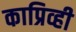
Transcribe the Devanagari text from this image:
काप्रिव्ही